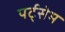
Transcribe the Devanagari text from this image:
पर्ट्सेम